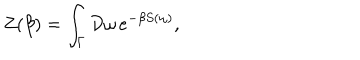
Z ( \beta ) = \int _ { \Gamma } { \cal D } \omega \, e ^ { - \beta S ( \omega ) } ,